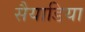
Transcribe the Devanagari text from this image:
सैयाडिया